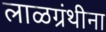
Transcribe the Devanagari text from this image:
लाळग्रंथीना